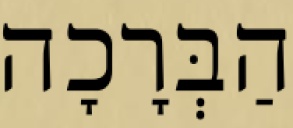
הַבְּרָכָה